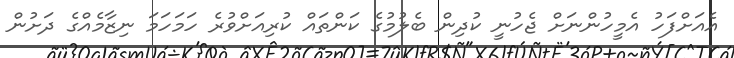
އެއަށްފަހު އެމީހުންނަށް ޖެހުނީ ކުދިން ބެލުމުގެ ކަންތައް ކުރިއަށްވުރެ ހަމަހަމަ ނިޒާމެއްގެ ދަށުން